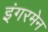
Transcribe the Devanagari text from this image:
इंगरमेन